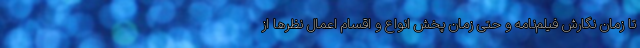
تا زمان نگارش فیلم‌نامه و حتی زمان پخش انواع و اقسام اعمال نظرها از